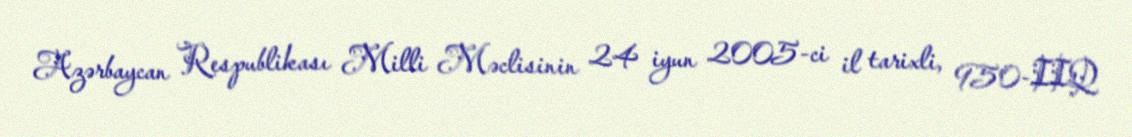
Azərbaycan Respublikası Milli Məclisinin 24 iyun 2005-ci il tarixli, 950-IIQ